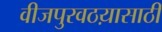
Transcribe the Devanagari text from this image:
वीजपुरवठय़ासाठी